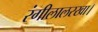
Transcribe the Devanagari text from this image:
रंगीलालरखा।